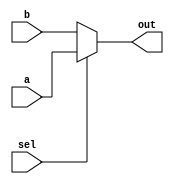
module ConditionalOperatorAssignment (
    input wire sel,        // Selection signal
    input wire [7:0] a,   // First input value
    input wire [7:0] b,   // Second input value
    output reg [7:0] out  // Output value
);

    // Always block to evaluate the condition and assign the output
    always @(*) begin
        // Conditional operator assignment
        out = (sel) ? a : b; // If sel is true (1), assign a to out, else assign b
    end

endmodule